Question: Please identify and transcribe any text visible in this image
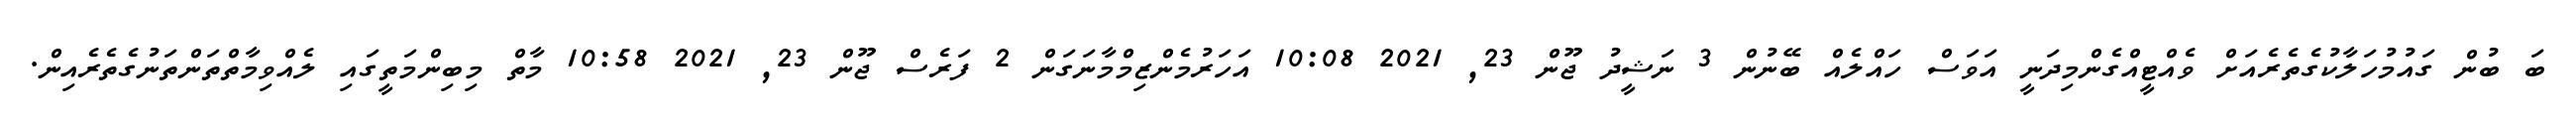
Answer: ބަ ބުން ގައުމުހަލާކުގެތެރެއަށް ވެއްޓީއްގެންމިދަނީ އަވަސް ހައްލެއް ބޭނުން 3 ނަޝީދު ޖޫން 23, 2021 10:08 އަހަރުމެންޒިމްމާނަގަން 2 ފަރެސް ޖޫން 23, 2021 10:58 މާތް މިބިންމަތީގައި ލެއްވިމާތްތަންތަނުގެތެރެއިން.